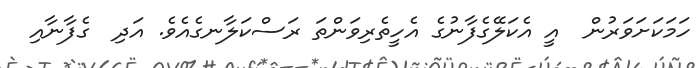
ހަމަކަށަވަރުން  އީ އެކަލޭގެފާނުގެ އެހީތެރިވަންތަ ރަސްކަލާނގެއެވެ. އަދި  ގެފާނާއި